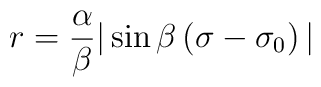
r = \frac{\alpha}{\beta} \vert \sin \beta \left (\sigma - \sigma_{0} \right )\vert